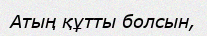
Атың құтты болсын,